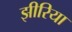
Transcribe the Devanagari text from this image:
झीरिया